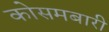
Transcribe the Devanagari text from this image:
कोसमबारी